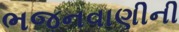
ભજનવાણીની